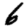
Digit: 6